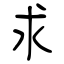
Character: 求